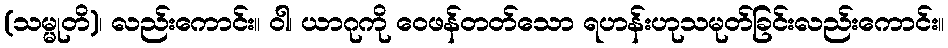
(သမ္မုတိ)၊ လည်းကောင်း။ ဝါ၊ ယာဂုကို ဝေဖန်တတ်သော ရဟန်းဟုသမုတ်ခြင်းလည်းကောင်း။